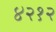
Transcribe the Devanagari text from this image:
४२१२